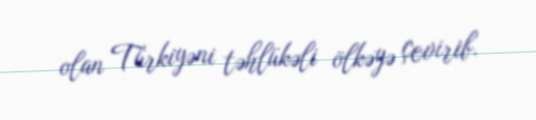
olan Türkiyəni təhlükəli ölkəyə çevirib.